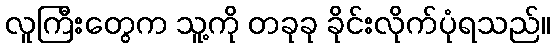
လူကြီးတွေက သူ့ကို တခုခု ခိုင်းလိုက်ပုံရသည်။